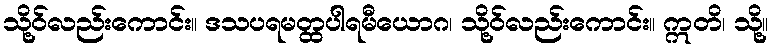
သို့ဝ်လည်းကောင်း။ ဒသပရမတ္ထပါရမီယောဂ၊ သို့ဝ်လည်းကောင်း။ ဣတိ၊ သို့။